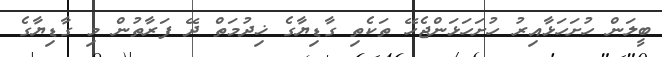
ބީލަން ހުށަހަޅާއިރު ހުށަހަޅަންޖެހޭ ތަކެތި ގާޑިޔާގެ ޚިދުމަތް ދޭ ފަރާތުން މި ގާޑިޔާގެ